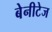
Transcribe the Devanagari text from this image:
बेनीटेज